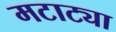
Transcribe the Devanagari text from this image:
मटाट्या